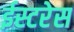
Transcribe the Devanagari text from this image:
ईस्टरेस